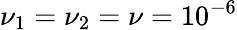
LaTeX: \nu_{1}=\nu_{2}=\nu=10^{-6}